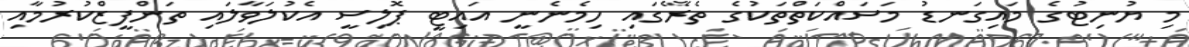
މި ޔުނިޓުގެ މައިގަނޑު މަސައްކަތްތަކުގެ ތެރޭގައި ހިމެނެނީ އައިޓީ ޕޮލިސީ އެކުލަވާލައި ތަންފީޒްކުރުމާއި